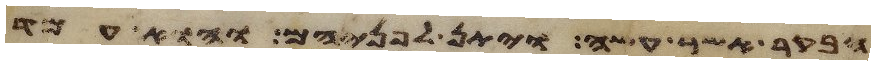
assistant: הבקר אשר עשה ויתן לפניהם והוא עמד